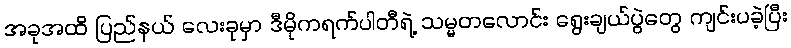
အခုအထိ ပြည်နယ် လေးခုမှာ ဒီမိုကရက်ပါတီရဲ့ သမ္မတလောင်း ရွေးချယ်ပွဲတွေ ကျင်းပခဲ့ပြီး